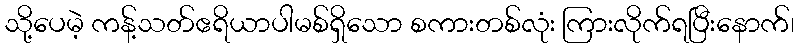
သို့ပေမဲ့ ကန့်သတ်ဧရိယာပါမစ်ရှိသော စကားတစ်လုံး ကြားလိုက်ရပြီးနောက်၊